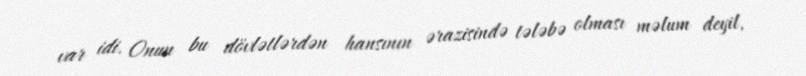
var idi. Onun bu dövlətlərdən hansının ərazisində tələbə olması məlum deyil,